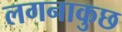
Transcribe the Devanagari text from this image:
लगनाकुछ